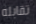
تقابله